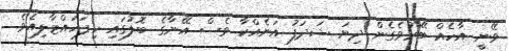
ވޭނީ އާހެއް ބޭރުވެގެން ދިޔަ ޝަދަފު އަނެއްކާ ވެސް އޭނާގެ ބޮލުގައި ހިފަހައްޓާލިއެވެ.